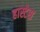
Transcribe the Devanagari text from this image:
हास्टेस